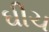
ઘીચ